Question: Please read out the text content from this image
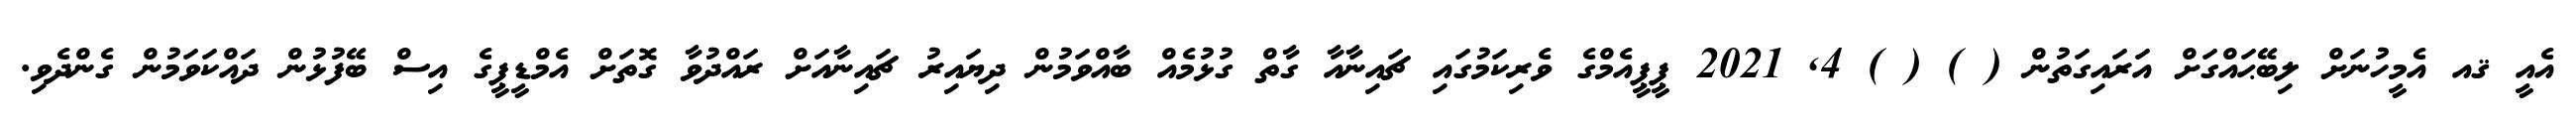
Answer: އެއީ ޤއ އެމީހުނަށް ލިބޭޙައްގަށް އަރައިގަތުން ( ) ( ) 4, 2021 ޕީޕީއެމްގެ ވެރިކަމުގައި ޗައިނާއާ ގާތް ގުޅުމެއް ބާއްވަމުން ދިޔައިރު ޗައިނާއަށް ރައްދުވާ ގޮތަށް އެމްޑީޕީގެ އިސް ބޭފުޅުން ދައްކަވަމުން ގެންދެވި.